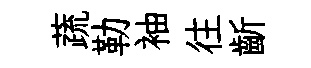
蔬勒袖往齗